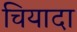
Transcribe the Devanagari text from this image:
चियादा